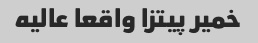
خمیر پیتزا واقعا عالیه